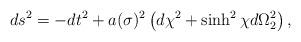
LaTeX: \begin{align*}ds^2=-dt^2+a(\sigma)^2\left(d\chi^2+\sinh^2\chi d\Omega_2^2\right),\end{align*}